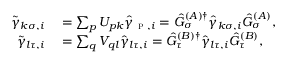
\begin{array} { r l } { \tilde { \gamma } _ { k \sigma , i } } & { { } = \sum _ { p } U _ { p k } \hat { \gamma } _ { \textsc { p } , i } = \hat { G } _ { \sigma } ^ { ( A ) \dagger } \hat { \gamma } _ { k \sigma , i } \hat { G } _ { \sigma } ^ { ( A ) } , } \\ { \tilde { \gamma } _ { l \tau , i } } & { { } = \sum _ { q } V _ { q l } \hat { \gamma } _ { l \tau , i } = \hat { G } _ { \tau } ^ { ( B ) \dagger } \hat { \gamma } _ { l \tau , i } \hat { G } _ { \tau } ^ { ( B ) } , } \end{array}